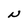
Character: N